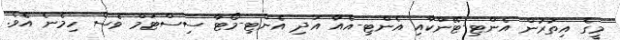
މީގެ އިތުރުން އެންޓި-ޓޭންކާއި އެންޓި-އެއާ އަދި އެންޓި-މޯޓާ ސިސްޓަމް ވެސް ހިމެނެ އެވެ.